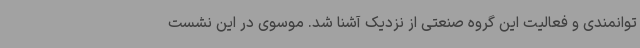
توانمندی و فعالیت این گروه صنعتی از نزدیک آشنا شد. موسوی در این نشست